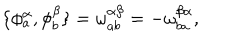
\{ \phi _ { a } ^ { \alpha } , \phi _ { b } ^ { \beta } \} = \omega _ { a b } ^ { \alpha \beta } = - \omega _ { b a } ^ { \beta \alpha } ,